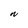
Character: N